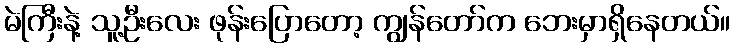
မဲကြီးနဲ့ သူ့ဦးလေး ဖုန်းပြောတော့ ကျွန်တော်က ဘေးမှာရှိနေတယ်။